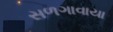
સળગાવાયા